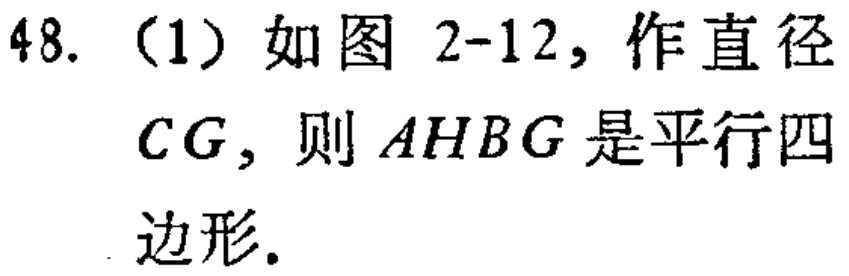
48. （1）如图 2-12，作直径
$CG$，则$AHBG$是平行四
边形.